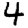
Digit: 4